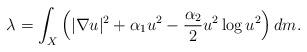
LaTeX: \begin{align*} \lambda = \int_{X}\left( |\nabla u|^2 +\alpha_1 u^2 - \frac{\alpha_2}{2} u^2 \log u^2\right)dm. \end{align*}